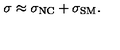
\sigma \approx \sigma _ { \mathrm { N C } } + \sigma _ { \mathrm { S M } } .